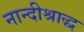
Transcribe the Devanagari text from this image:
नान्दीश्राद्ध